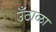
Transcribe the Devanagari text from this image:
उँठाळा